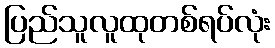
ပြည်သူလူထုတစ်ရပ်လုံး